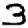
Digit: 3